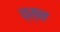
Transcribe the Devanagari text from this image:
व्स्न